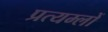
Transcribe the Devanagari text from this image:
प्रत्यम्लों